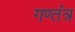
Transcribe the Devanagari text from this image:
गण्तंत्र